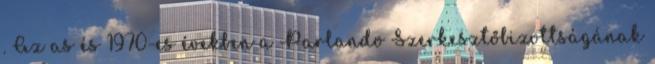
. Az as és 1970-es években a Parlando Szerkesztőbizottságának